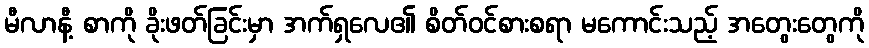
မီလာနီ့ စာကို ခိုးဖတ်ခြင်းမှာ အက်ရှလေ၏ စိတ်ဝင်စားစရာ မကောင်းသည့် အတွေးတွေကို